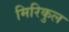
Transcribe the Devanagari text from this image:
मिरिकुल